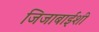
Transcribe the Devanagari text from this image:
जिजाबाईंशी